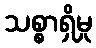
သစ္စာရှိမှု